65_HS1-834228961_62-HQ-83894_Section_1
Agency: FBI
Page 70
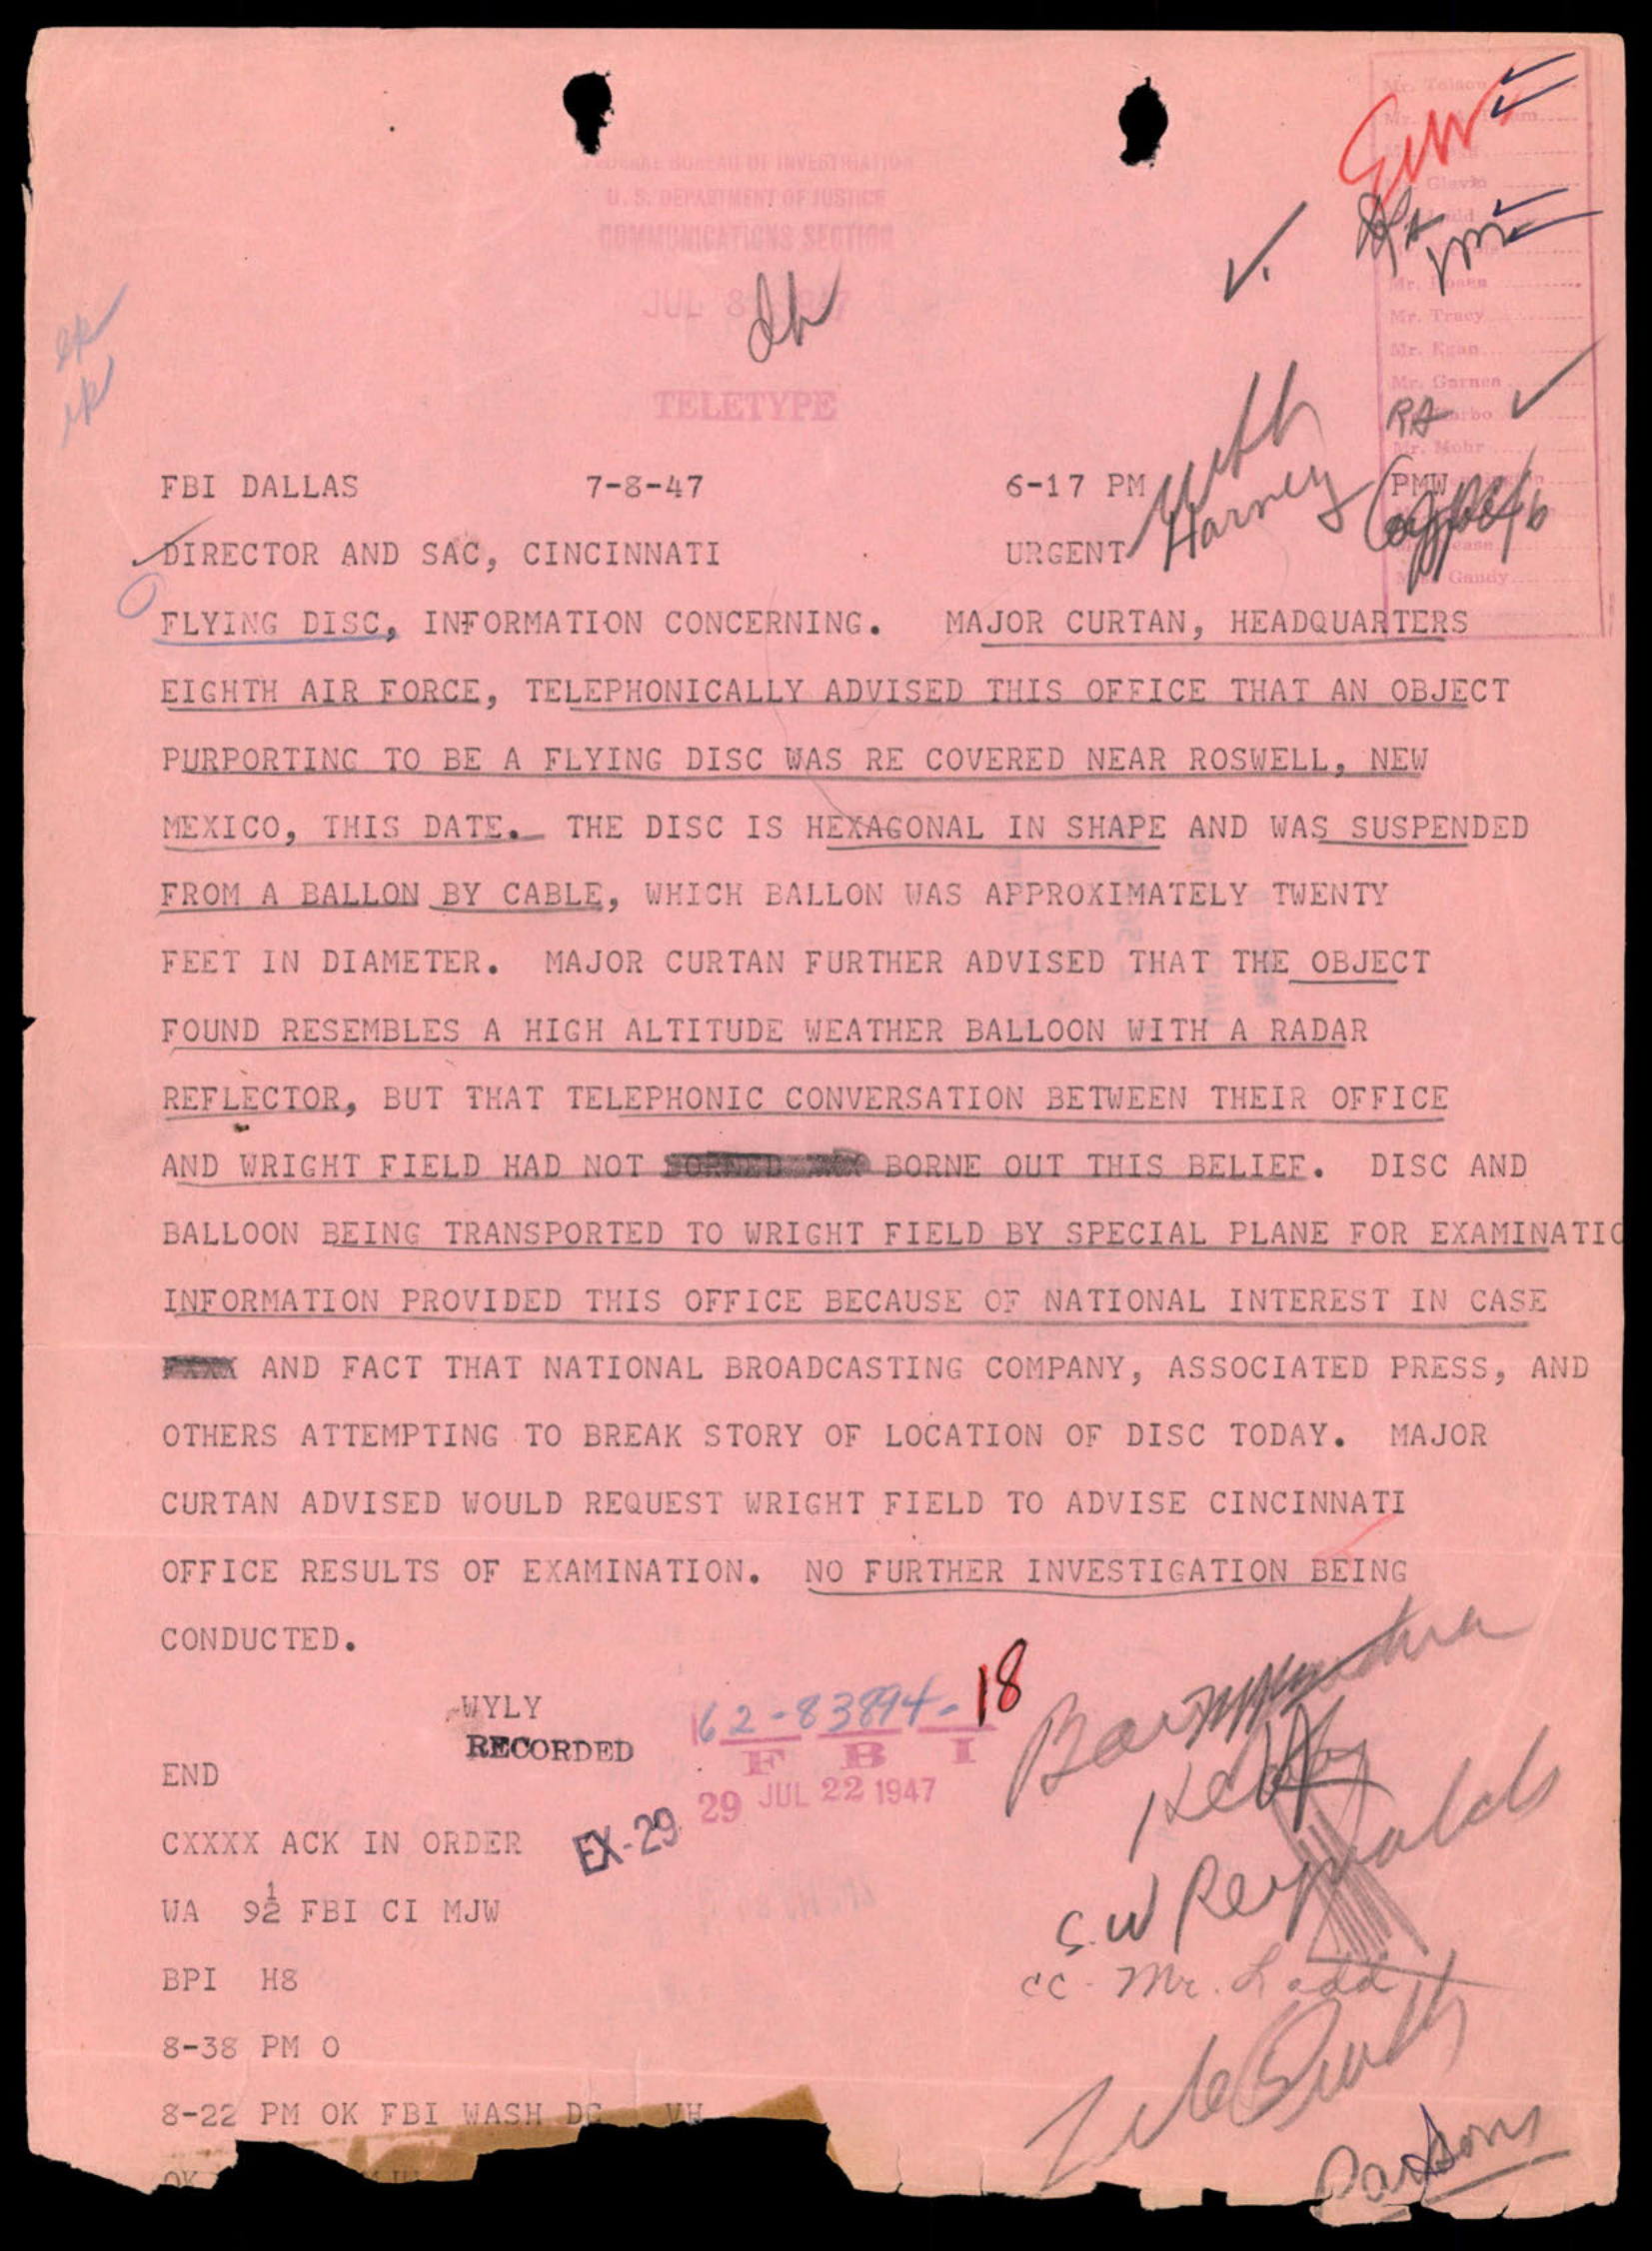